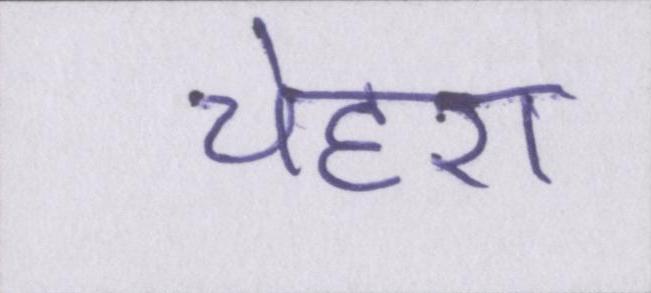
चेहरा